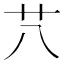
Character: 䒔